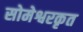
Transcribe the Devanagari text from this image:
सोमेश्वरकृत